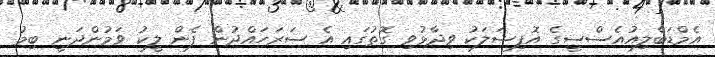
އެމްޑަބްލިއުއެސްސީގެ އޮފިޝަލަކު ވިދާޅުވި ގޮތުގައި އެ ސަރަހައްދުން ފެން ލީކު ވަމުންދަނީ ބިމު